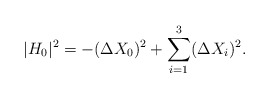
\begin{align*}|H_0|^2=-(\Delta X_0)^2+ \sum_{i=1}^3 (\Delta X_i)^2 .\end{align*}